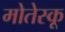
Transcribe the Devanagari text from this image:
मोतेस्कू